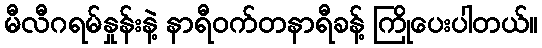
မီလီဂရမ်နှုန်းနဲ့ နာရီဝက်တနာရီခန့် ကြိုပေးပါတယ်။